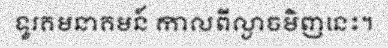
ទូរគមនាគមន៍ កាលពីល្ងាចមិញនេះ។